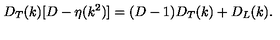
D _ { T } ( k ) [ D - \eta ( k ^ { 2 } ) ] = ( D - 1 ) D _ { T } ( k ) + D _ { L } ( k ) .